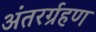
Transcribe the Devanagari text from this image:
अंतरर्ग्रहण